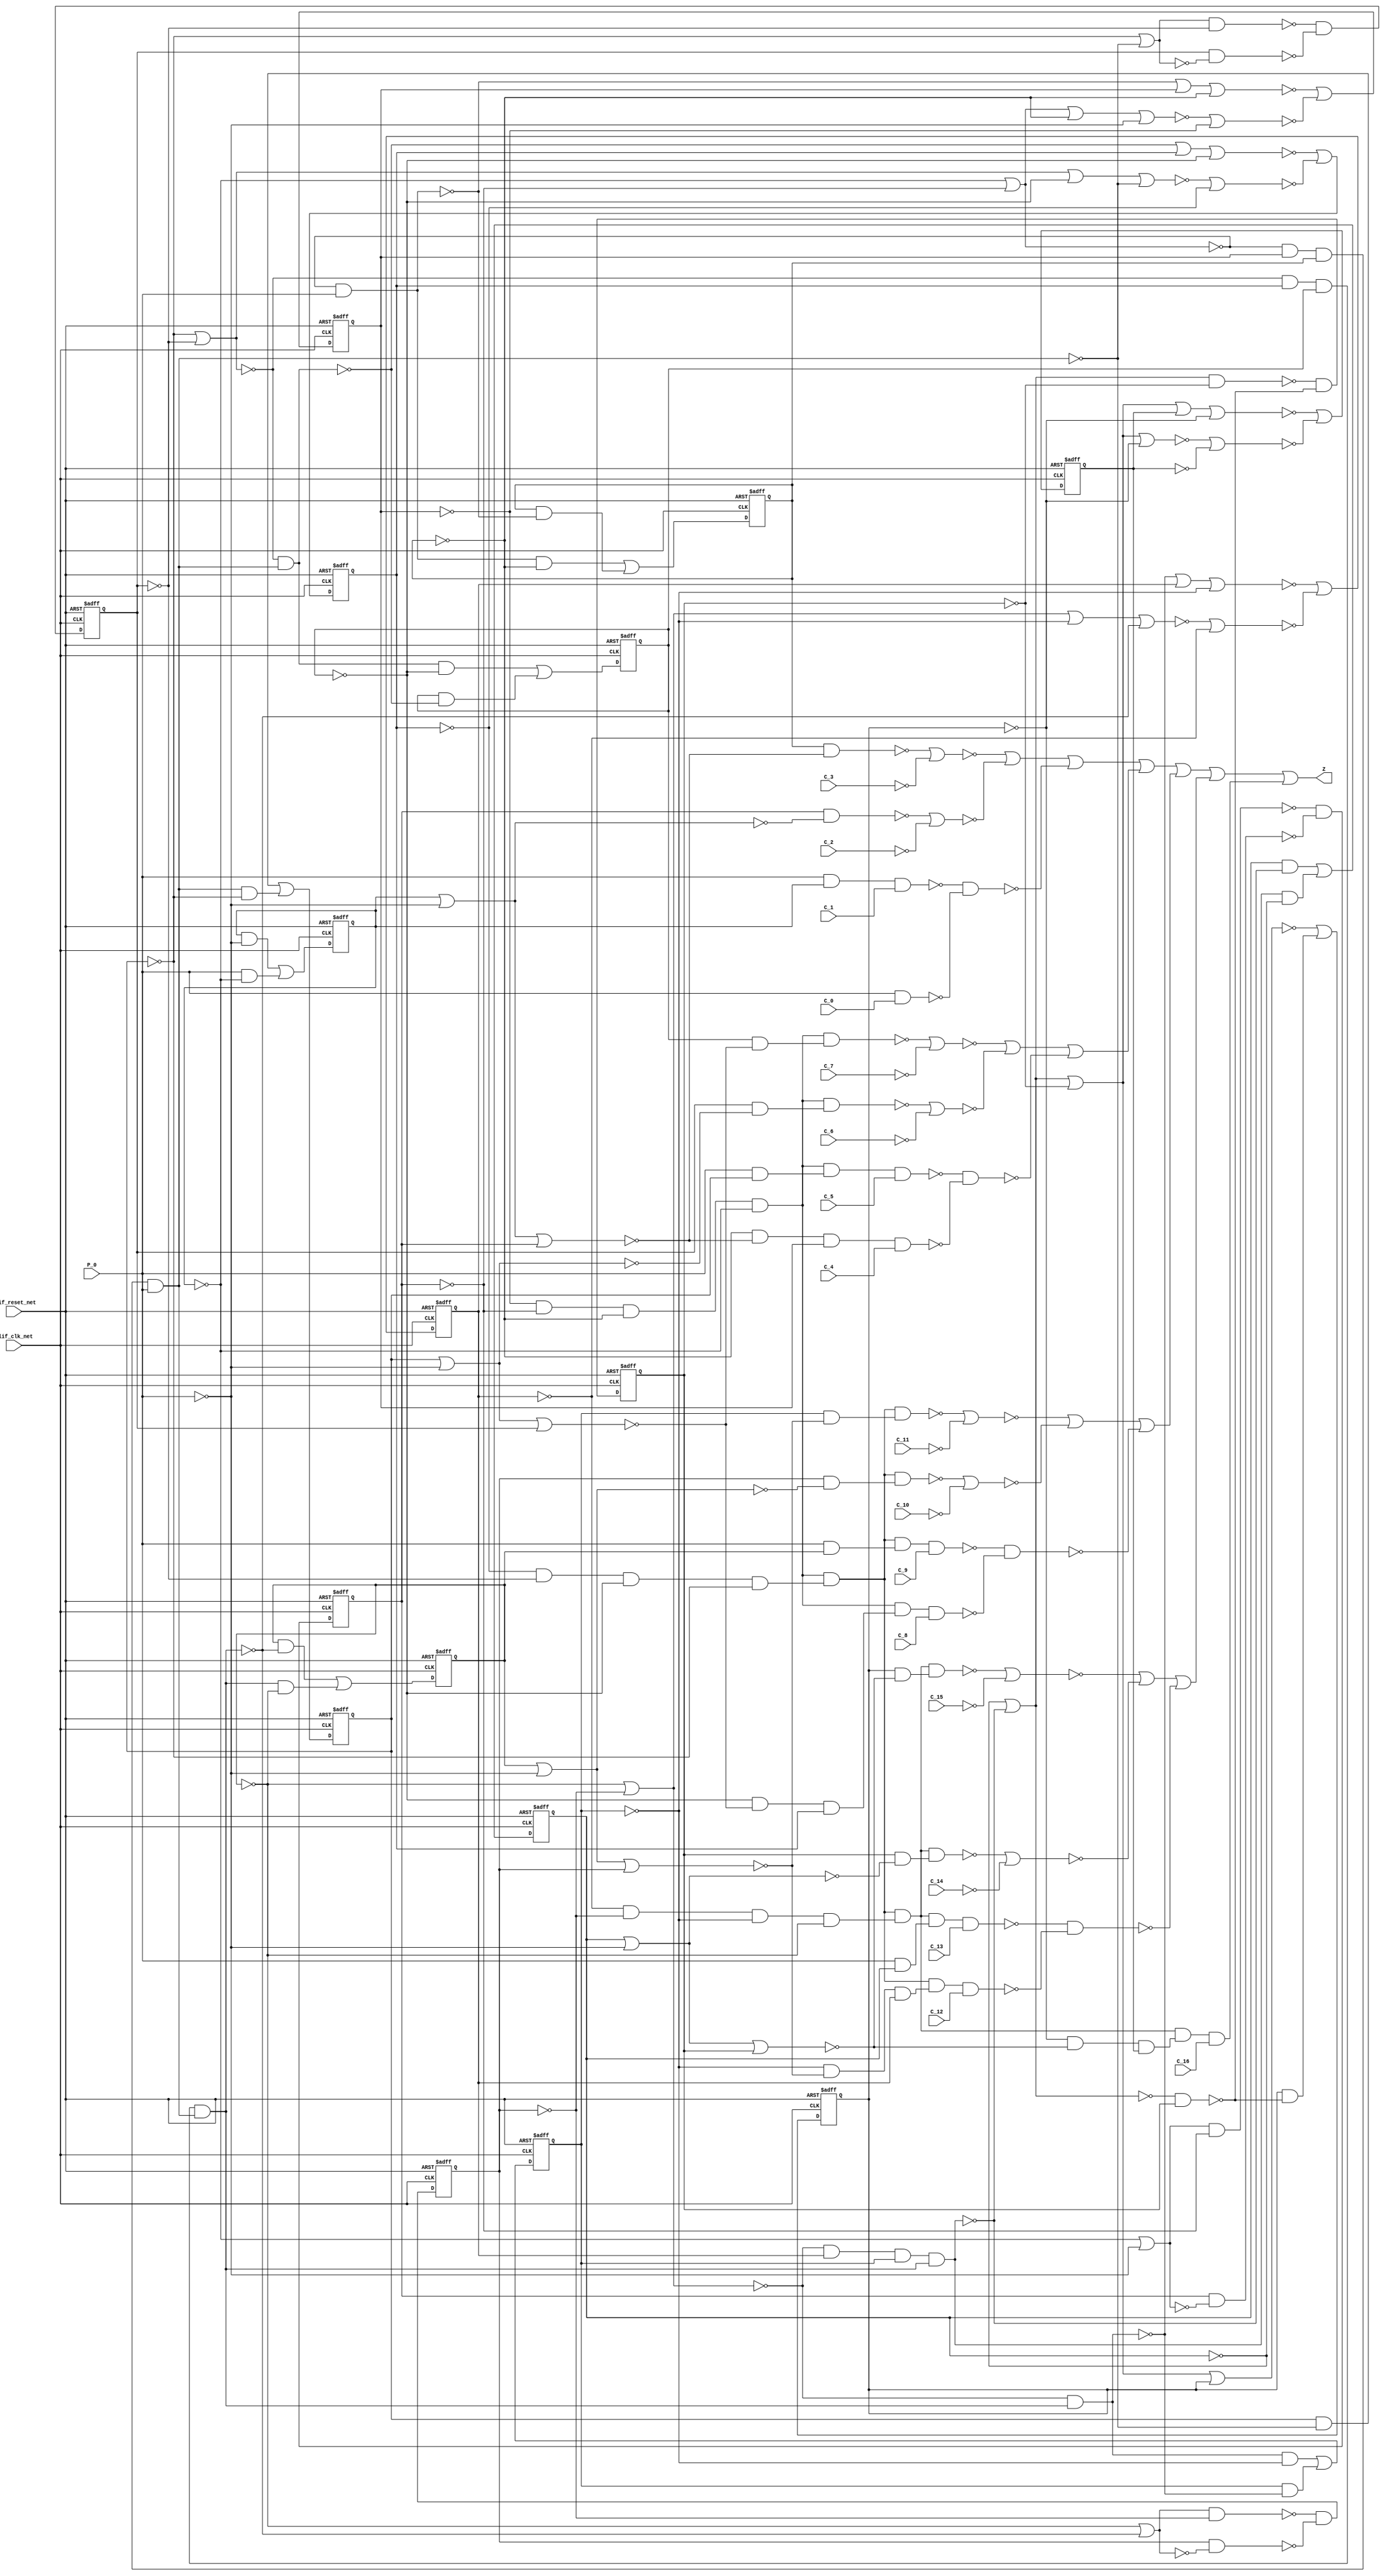
module s420_1(
  blif_clk_net,
  blif_reset_net,
  P_0,
  C_16,
  C_15,
  C_14,
  C_13,
  C_12,
  C_11,
  C_10,
  C_9,
  C_8,
  C_7,
  C_6,
  C_5,
  C_4,
  C_3,
  C_2,
  C_1,
  C_0,
  Z);
input blif_clk_net;
input blif_reset_net;
input P_0;
input C_16;
input C_15;
input C_14;
input C_13;
input C_12;
input C_11;
input C_10;
input C_9;
input C_8;
input C_7;
input C_6;
input C_5;
input C_4;
input C_3;
input C_2;
input C_1;
input C_0;
output Z;
reg X_4;
reg X_3;
reg X_2;
reg X_1;
reg X_8;
reg X_7;
reg X_6;
reg X_5;
reg X_12;
reg X_11;
reg X_10;
reg X_9;
reg X_16;
reg X_15;
reg X_14;
reg X_13;
wire I363_1;
wire I603_2;
wire I603_1;
wire I555_1;
wire I405_3;
wire I262;
wire I88_1;
wire I406_2;
wire I357;
wire I203_4;
wire I246;
wire I355;
wire I422;
wire I88_3;
wire I506;
wire P_7;
wire I308;
wire I113;
wire P_10;
wire I50;
wire I497;
wire I408_3;
wire I69;
wire I598;
wire I105_4;
wire I73_2;
wire I413;
wire I440;
wire I470;
wire I583_2;
wire I466;
wire I407_3;
wire I559_2;
wire I301_3;
wire P_1;
wire I547;
wire I88_4;
wire I403_2;
wire I550;
wire I7_1;
wire I211;
wire I559_1;
wire I599;
wire I533_3;
wire I361;
wire I479;
wire I2_2;
wire I244;
wire I15;
wire P_2;
wire I467;
wire I626;
wire I503;
wire I186_4;
wire P_4;
wire I147;
wire I498;
wire I265;
wire P_16;
wire P_11;
wire I554;
wire I533_1;
wire I534_4;
wire I403_3;
wire I193_1;
wire I1_3;
wire I146;
wire I412;
wire I49;
wire I378_3;
wire I627_1;
wire I64;
wire I442;
wire I171_4;
wire I167;
wire I260;
wire I366_1;
wire I148;
wire I284_2;
wire I209;
wire I258;
wire I448;
wire I301_4;
wire I406_3;
wire I622;
wire I269_2;
wire I73_1;
wire I291_1;
wire P_6;
wire I496;
wire I359;
wire I105_1;
wire I95_1;
wire I1_2;
wire I13;
wire I284_4;
wire I439;
wire I166;
wire I168_1;
wire I301_2;
wire I105_3;
wire I186_3;
wire I631_2;
wire I7_4;
wire I88_2;
wire I551;
wire I602;
wire I404_3;
wire I73_3;
wire I607_2;
wire I112;
wire I203_2;
wire I269_4;
wire I309;
wire I575;
wire P_3;
wire I594;
wire I12;
wire I208;
wire I618;
wire P_9;
wire I307;
wire I160;
wire I627_2;
wire I555_2;
wire I378_2;
wire I171_1;
wire I408_2;
wire I495;
wire P_8;
wire I2_3;
wire I7_2;
wire I469;
wire I546;
wire I476;
wire I505;
wire I451;
wire I269_1;
wire I478;
wire I284_1;
wire I494;
wire I186_1;
wire I68;
wire I533_4;
wire I245;
wire I450;
wire I631_1;
wire I468;
wire I384_1;
wire I574;
wire I411;
wire I62;
wire I579_1;
wire I110;
wire I405_4;
wire I171_3;
wire I344;
wire I378_1;
wire P_12;
wire I164;
wire I534_5;
wire I186_2;
wire I583_1;
wire I414;
wire P_14;
wire I404_2;
wire I407_1;
wire I534_3;
wire I533_2;
wire I570;
wire I345;
wire I623;
wire I423;
wire I378_4;
wire I210;
wire I111;
wire I404_4;
wire I595;
wire I571;
wire I70_1;
wire I358;
wire I264;
wire I406_4;
wire I403_4;
wire I203_1;
wire I360;
wire I607_1;
wire I269_3;
wire I619;
wire I284_3;
wire I162;
wire I578;
wire I306;
wire I266_1;
wire I2_1;
wire P_13;
wire I420;
wire I105_2;
wire I66;
wire I1_4;
wire I171_2;
wire I387_1;
wire I579_2;
wire I438;
wire I7_3;
wire I203_3;
wire I410;
wire I14;
wire I407_2;
wire P_5;
wire I534_2;
wire I441;
wire P_15;
wire I73_4;
wire I301_1;
wire I405_2;
wire I48;
always @(posedge blif_clk_net or posedge blif_reset_net)
  if(blif_reset_net == 1)
    X_4 <= 0;
  else
    X_4 <= I12;
always @(posedge blif_clk_net or posedge blif_reset_net)
  if(blif_reset_net == 1)
    X_3 <= 0;
  else
    X_3 <= I13;
always @(posedge blif_clk_net or posedge blif_reset_net)
  if(blif_reset_net == 1)
    X_2 <= 0;
  else
    X_2 <= I14;
always @(posedge blif_clk_net or posedge blif_reset_net)
  if(blif_reset_net == 1)
    X_1 <= 0;
  else
    X_1 <= I15;
always @(posedge blif_clk_net or posedge blif_reset_net)
  if(blif_reset_net == 1)
    X_8 <= 0;
  else
    X_8 <= I110;
always @(posedge blif_clk_net or posedge blif_reset_net)
  if(blif_reset_net == 1)
    X_7 <= 0;
  else
    X_7 <= I111;
always @(posedge blif_clk_net or posedge blif_reset_net)
  if(blif_reset_net == 1)
    X_6 <= 0;
  else
    X_6 <= I112;
always @(posedge blif_clk_net or posedge blif_reset_net)
  if(blif_reset_net == 1)
    X_5 <= 0;
  else
    X_5 <= I113;
always @(posedge blif_clk_net or posedge blif_reset_net)
  if(blif_reset_net == 1)
    X_12 <= 0;
  else
    X_12 <= I208;
always @(posedge blif_clk_net or posedge blif_reset_net)
  if(blif_reset_net == 1)
    X_11 <= 0;
  else
    X_11 <= I209;
always @(posedge blif_clk_net or posedge blif_reset_net)
  if(blif_reset_net == 1)
    X_10 <= 0;
  else
    X_10 <= I210;
always @(posedge blif_clk_net or posedge blif_reset_net)
  if(blif_reset_net == 1)
    X_9 <= 0;
  else
    X_9 <= I211;
always @(posedge blif_clk_net or posedge blif_reset_net)
  if(blif_reset_net == 1)
    X_16 <= 0;
  else
    X_16 <= I306;
always @(posedge blif_clk_net or posedge blif_reset_net)
  if(blif_reset_net == 1)
    X_15 <= 0;
  else
    X_15 <= I307;
always @(posedge blif_clk_net or posedge blif_reset_net)
  if(blif_reset_net == 1)
    X_14 <= 0;
  else
    X_14 <= I308;
always @(posedge blif_clk_net or posedge blif_reset_net)
  if(blif_reset_net == 1)
    X_13 <= 0;
  else
    X_13 <= I309;
assign I363_1 = (I361)|(X_16)|(I344);
assign I603_2 = (I594)|(I598);
assign I603_1 = (I595)|(I599);
assign I555_1 = (I547)|(I551);
assign I405_3 = ((~I469)&(~I476));
assign I262 = ((~X_9))|((~I1_3));
assign I88_1 = ((~X_1));
assign I406_2 = ((~X_7)&(~I448)&(~I442));
assign I203_4 = (X_10&I203_1);
assign I357 = ((~I358));
assign I246 = ((~X_11));
assign I355 = ((~I384_1))|((~X_16));
assign I88_3 = (X_1&I88_2);
assign I422 = ((~I411))|((~P_0));
assign I506 = ((~I505));
assign P_7 = (I407_1&I405_2);
assign I308 = ((~I301_3)&(~I301_4));
assign I113 = (I186_3)|(I186_4);
assign P_10 = (I408_2&I404_3);
assign I50 = ((~X_3));
assign I497 = ((~X_15));
assign I408_3 = (I408_2&I407_3);
assign I69 = ((~I64)&(~I48));
assign I105_4 = (X_6&I105_1);
assign I598 = ((~C_10));
assign I73_2 = ((~X_3));
assign I413 = ((~X_3));
assign I440 = ((~X_6));
assign I470 = ((~X_12));
assign I583_2 = (P_4&C_4);
assign I466 = ((~P_0));
assign I407_3 = ((~X_12)&(~X_10)&(~X_11)&(~X_9));
assign I559_2 = (P_0&C_0);
assign I301_3 = (I359&I301_2);
assign P_1 = ((~I410)&(~I411));
assign I88_4 = (P_0&I88_1);
assign I547 = ((~P_3));
assign I403_2 = ((~I438)&(~I439));
assign I550 = ((~C_2));
assign I211 = (I284_3)|(I284_4);
assign I7_1 = ((~I66));
assign I559_1 = (P_1&C_1);
assign I599 = ((~C_11));
assign I533_3 = ((~I603_1))|((~I603_2))|((~I602));
assign I361 = ((~I360))|((~X_14));
assign I479 = ((~I478));
assign I2_2 = ((~I162)&(~I147)&(~I148));
assign I244 = ((~I1_3));
assign I15 = (I88_3)|(I88_4);
assign P_2 = ((~I412)&(~I422));
assign I467 = ((~X_9));
assign I626 = ((~I631_1)&(~I631_2));
assign I503 = ((~I506))|((~I496));
assign I186_4 = (I1_2&I186_1);
assign P_4 = ((~X_3)&(~I420)&(~I414));
assign I147 = ((~X_8));
assign I498 = ((~X_16));
assign I265 = ((~I260)&(~I244));
assign P_16 = (I408_3&I406_4);
assign P_11 = (I408_2&I405_3);
assign I554 = ((~I559_1)&(~I559_2));
assign I533_1 = ((~I555_1))|((~I555_2))|((~I554));
assign I534_4 = (I534_3)|(I533_4);
assign I403_3 = ((~I466)&(~I467));
assign Z = (I534_4)|(I534_5);
assign I193_1 = (I162)|(I148)|(I146);
assign I1_3 = (I2_2&I1_2);
assign I146 = ((~I1_2));
assign I412 = ((~X_2));
assign I49 = ((~X_4));
assign I378_3 = (X_13&I378_2);
assign I627_1 = (I619)|(I623);
assign I64 = ((~X_1))|((~X_2));
assign I442 = ((~X_8));
assign I171_4 = (X_7&I171_1);
assign I167 = ((~I162)&(~I146));
assign I260 = ((~X_9))|((~X_10));
assign I366_1 = (I361)|(X_15);
assign I148 = ((~X_7));
assign I284_2 = ((~I1_3));
assign I209 = (I269_3)|(I269_4);
assign I258 = ((~I291_1))|((~X_12));
assign I448 = ((~I451))|((~I440));
assign I301_4 = (X_14&I301_1);
assign I406_3 = ((~X_11)&(~I476)&(~I470));
assign I622 = ((~C_14));
assign I269_2 = ((~X_11));
assign I73_1 = ((~I69));
assign I291_1 = (I260)|(I246)|(I244);
assign P_6 = (I407_1&I404_2);
assign I496 = ((~X_14));
assign I105_1 = ((~I164));
assign I359 = ((~X_13))|((~I1_4));
assign I95_1 = (I64)|(I50)|(I48);
assign I13 = (I73_3)|(I73_4);
assign I1_2 = (I2_1&P_0);
assign I284_4 = (I1_3&I284_1);
assign I168_1 = (I166)|(X_8)|(I148);
assign I439 = ((~X_5));
assign I166 = ((~I167));
assign I105_3 = (I164&I105_2);
assign I301_2 = ((~X_14));
assign I186_3 = (X_5&I186_2);
assign I631_2 = (P_12&C_12);
assign I7_4 = (X_2&I7_1);
assign I88_2 = ((~P_0));
assign I551 = ((~C_3));
assign I602 = ((~I607_1)&(~I607_2));
assign I404_3 = ((~I468)&(~I478));
assign I73_3 = (I69&I73_2);
assign I607_2 = (P_8&C_8);
assign I112 = ((~I105_3)&(~I105_4));
assign I203_2 = ((~X_10));
assign I269_4 = (X_11&I269_1);
assign I309 = (I378_3)|(I378_4);
assign I575 = ((~C_7));
assign P_3 = ((~I413)&(~I420));
assign I12 = ((~I70_1))|((~I62));
assign I208 = ((~I266_1))|((~I258));
assign I594 = ((~P_10));
assign I618 = ((~P_14));
assign I160 = ((~I193_1))|((~X_8));
assign P_9 = (I408_2&I403_3);
assign I307 = ((~I366_1))|((~I357));
assign I627_2 = (I618)|(I622);
assign I555_2 = (I546)|(I550);
assign I171_1 = ((~I167));
assign I378_2 = ((~I1_4));
assign I408_2 = (I407_1&I407_2);
assign I495 = ((~X_13));
assign P_8 = (I407_1&I406_2);
assign I2_3 = ((~I260)&(~I245)&(~I246));
assign I7_2 = ((~X_2));
assign I469 = ((~X_11));
assign I546 = ((~P_2));
assign I476 = ((~I479))|((~I468));
assign I505 = ((~I495))|((~P_0));
assign I451 = ((~I450));
assign I269_1 = ((~I265));
assign I478 = ((~I467))|((~P_0));
assign I284_1 = ((~X_9));
assign I186_1 = ((~X_5));
assign I494 = ((~P_0));
assign I68 = ((~I69));
assign I533_4 = ((~I627_1))|((~I627_2))|((~I626));
assign I245 = ((~X_12));
assign I450 = ((~I439))|((~P_0));
assign I631_1 = (P_13&C_13);
assign I468 = ((~X_10));
assign I384_1 = (I359)|(I345)|(I344);
assign I411 = ((~X_1));
assign I574 = ((~C_6));
assign I62 = ((~I95_1))|((~X_4));
assign I579_1 = (I571)|(I575);
assign I110 = ((~I168_1))|((~I160));
assign I405_4 = ((~I497)&(~I503));
assign I171_3 = (I167&I171_2);
assign I344 = ((~X_15));
assign I378_1 = ((~X_13));
assign P_12 = (I408_2&I406_3);
assign I164 = ((~X_5))|((~I1_2));
assign I534_5 = (P_16&C_16);
assign I186_2 = ((~I1_2));
assign I583_1 = (P_5&C_5);
assign I414 = ((~X_4));
assign I404_2 = ((~I440)&(~I450));
assign I407_1 = ((~X_4)&(~X_2)&(~X_3)&(~X_1));
assign P_14 = (I408_3&I404_4);
assign I534_3 = (I534_2)|(I533_3);
assign I533_2 = ((~I579_1))|((~I579_2))|((~I578));
assign I570 = ((~P_6));
assign I345 = ((~X_14));
assign I623 = ((~C_15));
assign I423 = ((~I422));
assign I378_4 = (I1_4&I378_1);
assign I111 = (I171_3)|(I171_4);
assign I210 = ((~I203_3)&(~I203_4));
assign I404_4 = ((~I496)&(~I505));
assign I571 = ((~P_7));
assign I595 = ((~P_11));
assign I70_1 = (I68)|(X_4)|(I50);
assign I358 = ((~I344)&(~I387_1));
assign I264 = ((~I265));
assign I406_4 = ((~X_15)&(~I503)&(~I498));
assign I403_4 = ((~I494)&(~I495));
assign I203_1 = ((~I262));
assign I360 = ((~I359));
assign I607_1 = (P_9&C_9);
assign I269_3 = (I265&I269_2);
assign I619 = ((~P_15));
assign I162 = ((~X_5))|((~X_6));
assign I284_3 = (X_9&I284_2);
assign I578 = ((~I583_1)&(~I583_2));
assign I266_1 = (I264)|(X_12)|(I246);
assign I2_1 = ((~I64)&(~I49)&(~I50));
assign I306 = ((~I363_1))|((~I355));
assign P_13 = (I408_3&I403_4);
assign I420 = ((~I423))|((~I412));
assign I105_2 = ((~X_6));
assign I66 = ((~X_1))|((~P_0));
assign I1_4 = (I2_3&I1_3);
assign I171_2 = ((~X_7));
assign I387_1 = (I360&X_14);
assign I579_2 = (I570)|(I574);
assign I438 = ((~P_0));
assign I7_3 = (I66&I7_2);
assign I203_3 = (I262&I203_2);
assign I14 = ((~I7_3)&(~I7_4));
assign I410 = ((~P_0));
assign I407_2 = ((~X_8)&(~X_6)&(~X_7)&(~X_5));
assign P_5 = (I407_1&I403_2);
assign I534_2 = (I533_1)|(I533_2);
assign I441 = ((~X_7));
assign P_15 = (I408_3&I405_4);
assign I73_4 = (X_3&I73_1);
assign I301_1 = ((~I359));
assign I405_2 = ((~I441)&(~I448));
assign I48 = ((~P_0));
endmodule